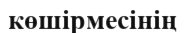
көшірмесінің